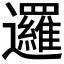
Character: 邏